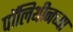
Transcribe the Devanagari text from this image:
पॉलिथीनच्या